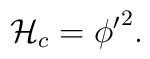
{\cal{H}}_c= {\phi^\prime}^2.